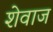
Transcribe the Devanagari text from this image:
शेवाज